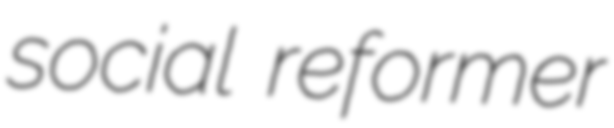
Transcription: social reformer